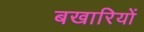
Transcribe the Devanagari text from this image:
बखारियों